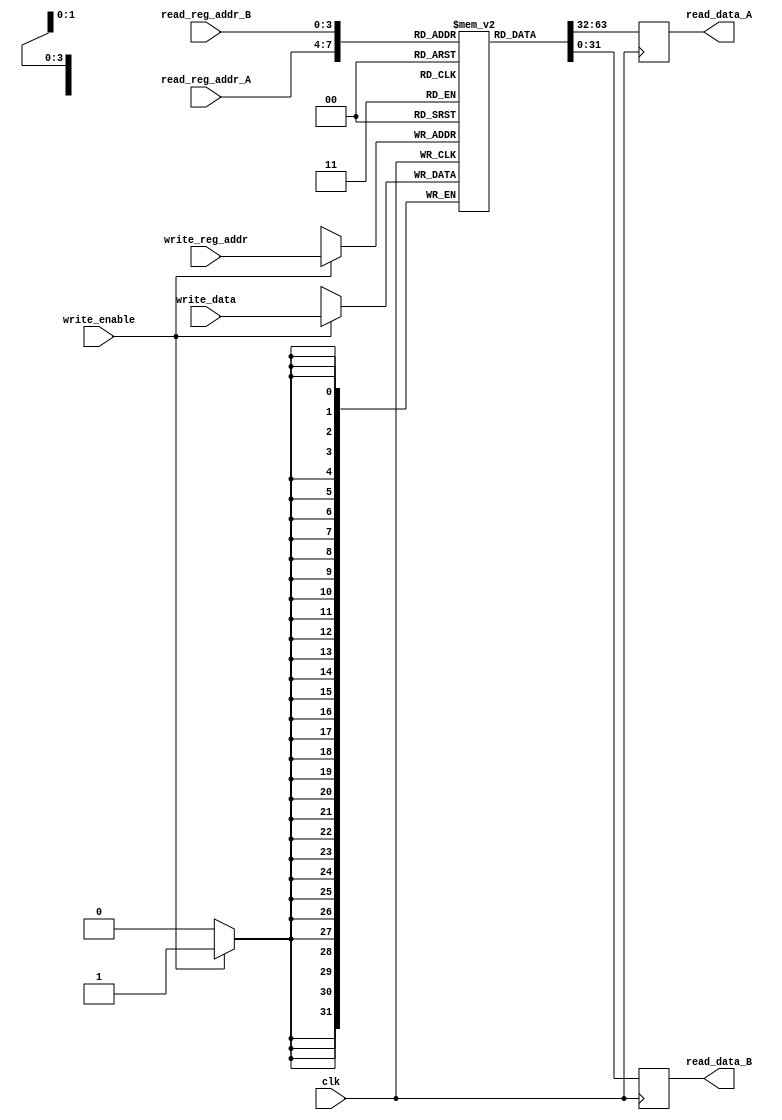
module register_file(
    input wire clk,
    input wire [3:0] read_reg_addr_A,
    input wire [3:0] read_reg_addr_B,
    input wire [3:0] write_reg_addr,
    input wire write_enable,
    input wire [31:0] write_data,
    output reg [31:0] read_data_A,
    output reg [31:0] read_data_B
);

reg [31:0] registers [15:0];

always @(posedge clk) begin
    if (write_enable) begin
        registers[write_reg_addr] <= write_data;
    end
    read_data_A <= registers[read_reg_addr_A];
    read_data_B <= registers[read_reg_addr_B];
end

endmodule